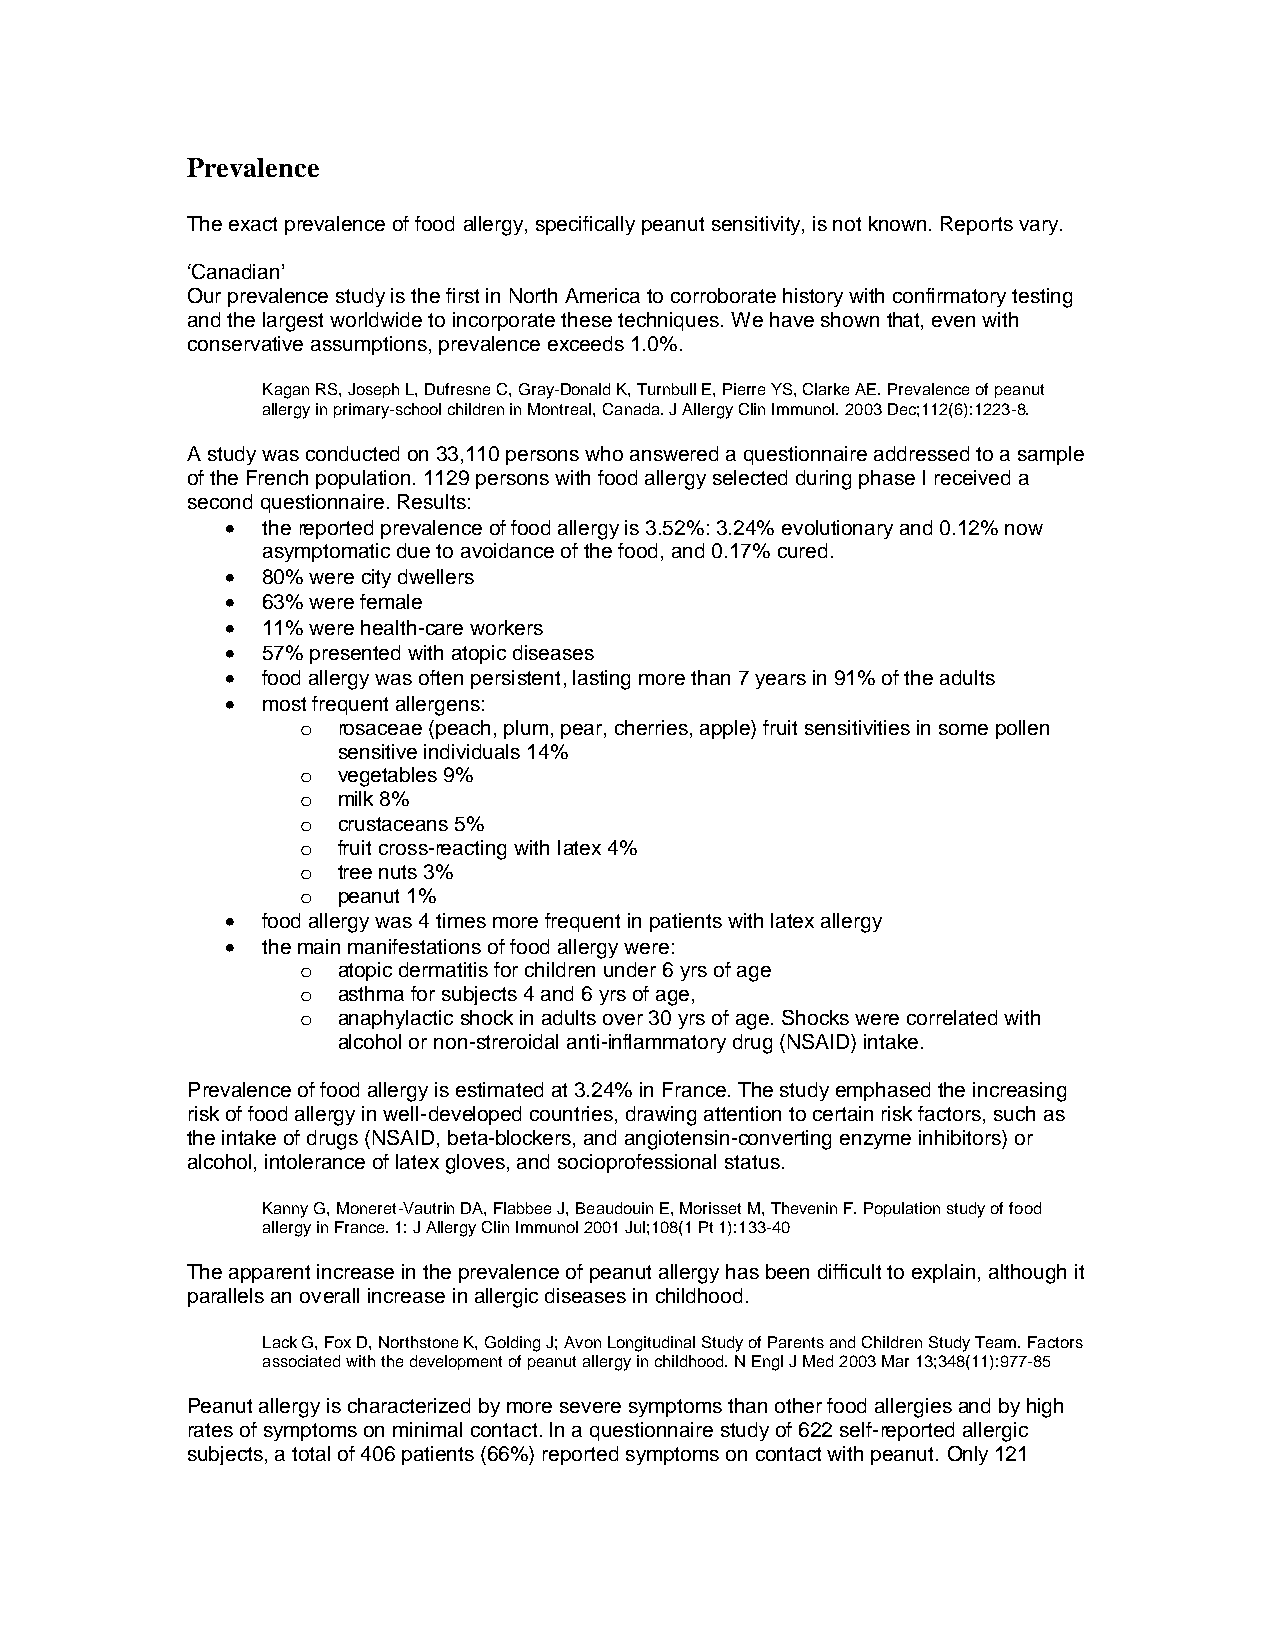
Prevalence
 The exact prevalence of food allergy, specifically peanut sensitivity, is not known. Reports vary.
 ‘Canadian’
 Our prevalence study is the first in North America to corroborate history with confirmatory testing
 and the largest worldwide to incorporate these techniques. We have shown that, even with
 conservative assumptions, prevalence exceeds 1.0%.
 Kagan RS, Joseph L, Dufresne C, Gray-Donald K, Turnbull E, Pierre YS, Clarke AE. Prevalence of peanut
 allergy in primary-school children in Montreal, Canada. J Allergy Clin Immunol. 2003 Dec;112(6):1223-8.
 A study was conducted on 33,110 persons who answered a questionnaire addressed to a sample
 of the French population. 1129 persons with food allergy selected during phase I received a
 second questionnaire. Results:
 • the reported prevalence of food allergy is 3.52%: 3.24% evolutionary and 0.12% now
 asymptomatic due to avoidance of the food, and 0.17% cured.
 • 80% were city dwellers
 • 63% were female
 • 11% were health-care workers
 • 57% presented with atopic diseases
 • food allergy was often persistent, lasting more than 7 years in 91% of the adults
 • most frequent allergens:
 o rosaceae (peach, plum, pear, cherries, apple) fruit sensitivities in some pollen
 sensitive individuals 14%
 o vegetables 9%
 o milk 8%
 o crustaceans 5%
 o fruit cross-reacting with latex 4%
 o tree nuts 3%
 o peanut 1%
 • food allergy was 4 times more frequent in patients with latex allergy
 • the main manifestations of food allergy were:
 o atopic dermatitis for children under 6 yrs of age
 o asthma for subjects 4 and 6 yrs of age,
 o anaphylactic shock in adults over 30 yrs of age. Shocks were correlated with
 alcohol or non-streroidal anti-inflammatory drug (NSAID) intake.
 Prevalence of food allergy is estimated at 3.24% in France. The study emphased the increasing
 risk of food allergy in well-developed countries, drawing attention to certain risk factors, such as
 the intake of drugs (NSAID, beta-blockers, and angiotensin-converting enzyme inhibitors) or
 alcohol, intolerance of latex gloves, and socioprofessional status.
 Kanny G, Moneret-Vautrin DA, Flabbee J, Beaudouin E, Morisset M, Thevenin F. Population study of food
 allergy in France. 1: J Allergy Clin Immunol 2001 Jul;108(1 Pt 1):133-40
 The apparent increase in the prevalence of peanut allergy has been difficult to explain, although it
 parallels an overall increase in allergic diseases in childhood.
 Lack G, Fox D, Northstone K, Golding J; Avon Longitudinal Study of Parents and Children Study Team. Factors
 associated with the development of peanut allergy in childhood. N Engl J Med 2003 Mar 13;348(11):977-85
 Peanut allergy is characterized by more severe symptoms than other food allergies and by high
 rates of symptoms on minimal contact. In a questionnaire study of 622 self-reported allergic
 subjects, a total of 406 patients (66%) reported symptoms on contact with peanut. Only 121